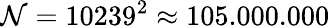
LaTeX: \mathcal{N}=10239^{2}\approx105.000.000